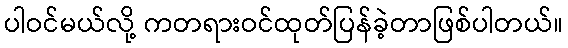
ပါဝင်မယ်လို့ ကတရားဝင်ထုတ်ပြန်ခဲ့တာဖြစ်ပါတယ်။